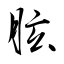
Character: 胘